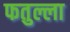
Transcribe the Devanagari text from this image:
फतुल्ला